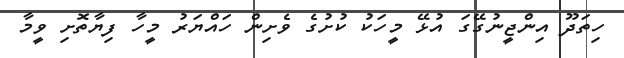
ހިތަދޫ އިންޖީނުގޭގަ އުޅޭ މީހަކު ކުށުގެ ވެށިން ހައްޔަރު މީހާ ފިޔާތޮށި ވީމާ